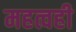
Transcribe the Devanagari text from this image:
महत्वही